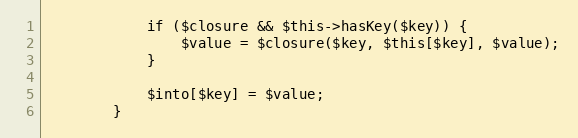
Language: PHP
            if ($closure && $this->hasKey($key)) {
                $value = $closure($key, $this[$key], $value);
            }

            $into[$key] = $value;
        }